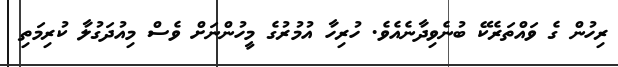
ރިހުން ގެ ވައްތަރެކޭ ބުނެވިދާނެއެވެ. ހުރިހާ އުމުރުގެ މީހުންނަށް ވެސް މިއުދަގުލާ ކުރިމަތި